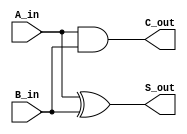
// ------------------------------------------
// Half Adder and Full Adder
// ------------------------------------------

module HA 
(
    input A_in,  
    input B_in, 
    output S_out, 
    output C_out
);  
  
    assign S_out = A_in ^ B_in;
    assign C_out = A_in & B_in;
endmodule  

module FA 
(
    input A_in,  
    input B_in, 
    input C_in,   
    output S_out, 
    output C_out
);  
  
    assign S_out = A_in ^ B_in ^ C_in;
    assign C_out = (A_in & B_in) | (C_in & (A_in ^ B_in));
endmodule